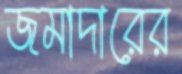
জমাদারের